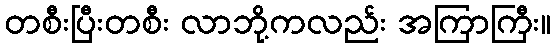
တစီးပြီးတစီး လာဘို့ကလည်း အကြာကြီး။